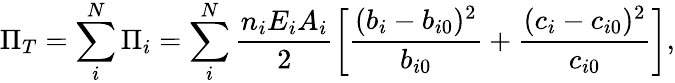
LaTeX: \Pi_{T}=\sum_{i}^{N}\Pi_{i}=\sum_{i}^{N}\frac{n_{i}E_{i}A_{i}}2\left[\frac{(b_{i}-b_{i0})^{2}}{b_{i0}}+\frac{(c_{i}-c_{i0})^{2}}{c_{i0}}\right],